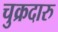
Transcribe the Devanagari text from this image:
चुक्रदारु